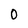
Character: 0